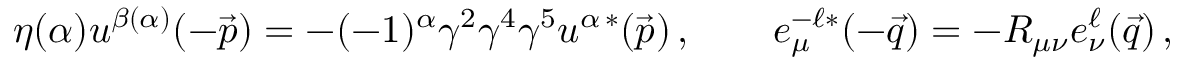
\eta ( \alpha ) u ^ { \beta ( \alpha ) } ( - \vec { p } ) = - ( - 1 ) ^ { \alpha } \gamma ^ { 2 } \gamma ^ { 4 } \gamma ^ { 5 } u ^ { \alpha \, * } ( \vec { p } ) \, , \qquad e _ { \mu } ^ { - \ell * } ( - \vec { q } ) = - R _ { \mu \nu } e _ { \nu } ^ { \ell } ( \vec { q } ) \, ,